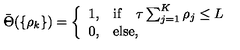
\bar { \Theta } ( \{ \rho _ { k } \} ) = \left\{ \begin{array} { l l } { 1 , } & { \mathrm { i f } \quad \tau \sum _ { j = 1 } ^ { K } \rho _ { j } \le L } \\ { 0 , } & { \mathrm { e l s e } , } \\ \end{array} \right.